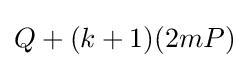
Q+(k+1)(2mP)